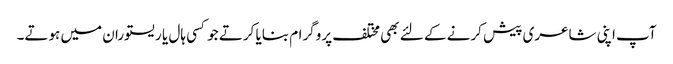
آپ اپنی شاعری پیش کرنے کے لئے بھی مختلف پروگرام بنایا کرتے جو کسی ہال یا ریستوران میں ہوتے۔